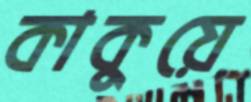
কাকুয়ে